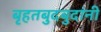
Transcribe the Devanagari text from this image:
बृहतबुदबुदांनी